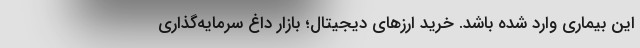
این بیماری وارد شده باشد. خرید ارزهای دیجیتال؛ بازار داغ سرمایه‌گذاری